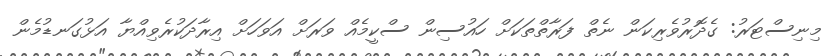
މިނިސްޓަރު: ގެދޮރުވެރިކަން ނެތް ފަރާތްތަކަށް ހައުސިން ސްކީމެއް ވަރަށް އަވަހަށް އިރާދަކުރެވިއްޔާ އަޅުގަނޑުމެން